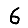
Digit: 6